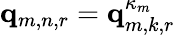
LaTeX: \mathbf{q}_{m,n,r}=\mathbf{q}_{m,k,r}^{\kappa_{m}}